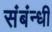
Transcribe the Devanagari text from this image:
संबंन्धी